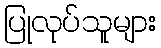
ပြုလုပ်သူများ